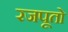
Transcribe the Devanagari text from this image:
रजपूतो